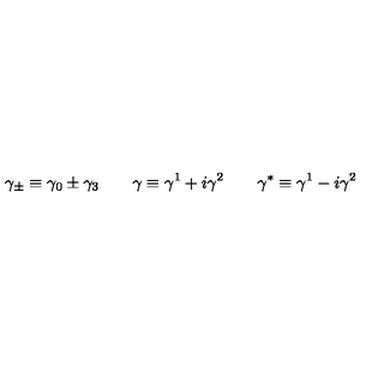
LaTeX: \gamma _ { \pm } \equiv \gamma _ { 0 } \pm \gamma _ { 3 } \qquad \gamma \equiv \gamma ^ { 1 } + i \gamma ^ { 2 } \qquad \gamma ^ { * } \equiv \gamma ^ { 1 } - i \gamma ^ { 2 }